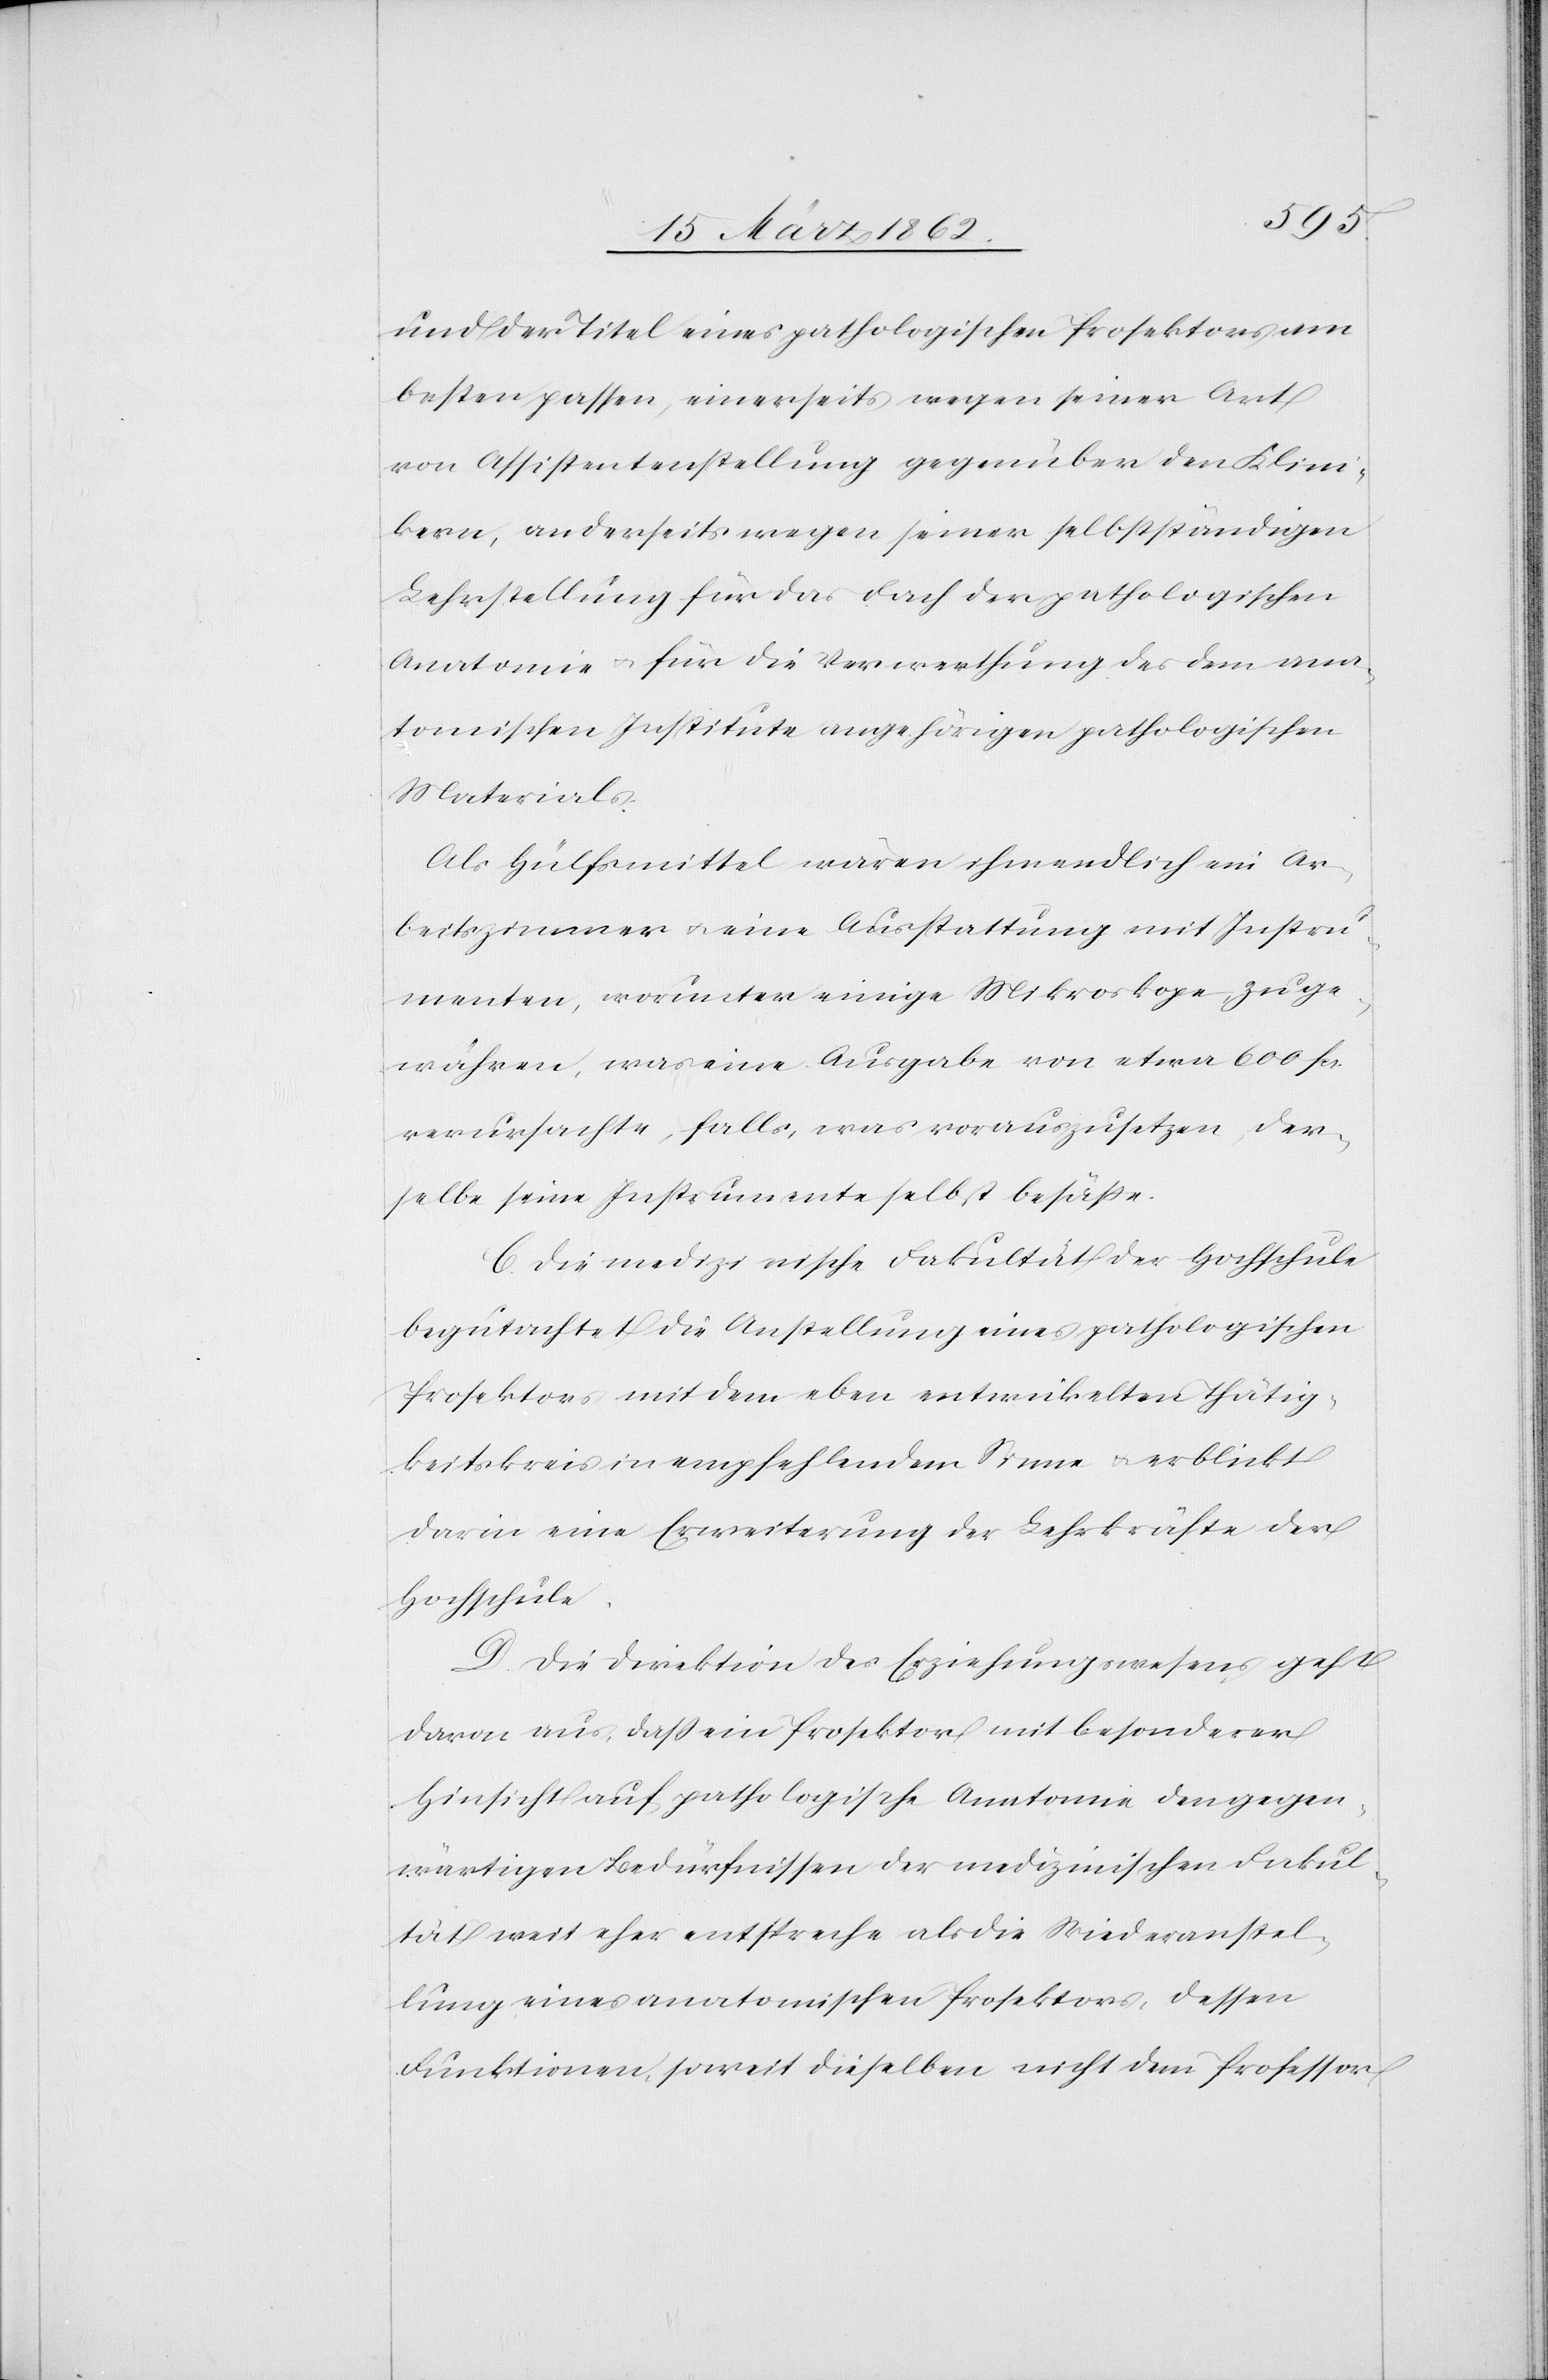
und der Titel eines pathologischen Prosektors am
besten passen, einerseits wegen seiner Art
von Assistentenstellung gegenüber den Klini¬
kern, anderseits wegen seiner selbstständigen
Lehrstellung für das Fach der pathologischen
Anatomie u. für die Verwerthung des dem ana¬
tomischen Institute angehörigen pathologischen
Materials.
Als Hülfsmittel wären ihm endlich ein Ar¬
beitszimmer u. eine Ausstattung mit Instru¬
menten, worunter einige Mikroskope zu ge¬
währen, was eine Ausgabe von etwa 600 fcs.
verursachte, falls, was vorauszusetzen, der¬
selbe seine Instrumente selbst besäße.
C. Die medizinische Fakultät der Hochschule
begutachte die Anstellung eines pathologischen
Prosektors mit dem eben entwickelten Thätig¬
keitskreis in empfehlendem Sinne u. erblickt
darin eine Erweiterung der Lehrkräfte der
Hochschule.
D. Die Direktion des Erziehungswesens geht
davon aus, daß ein Prosektor mit besonderer
Hinsicht auf pathologische Anatomie den gegen¬
wärtigen Bedürfnissen der medizinischen Fakul¬
tät weit eher entspreche als die Wiederanstel¬
lung eines anatomischen Prosektors, dessen
Funktionen, soweit dieselben nicht dem Professor